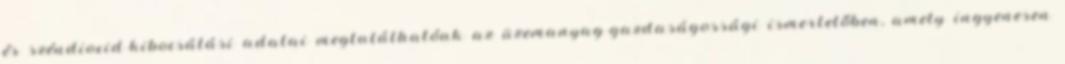
és széndioxid-kibocsátási adatai megtalálhatóak az üzemanyag-gazdaságossági ismertetőben, amely ingyenesen